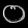
Digit: ၀